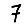
Digit: 7